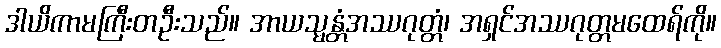
ဒါယိကာမကြီးတဦးသည်။ အာယသ္မန္တံအဿဂုတ္တံ၊ အရှင်အဿဂုတ္တမထေရ်ကို။